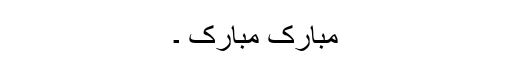
مبارک مبارک ۔